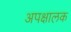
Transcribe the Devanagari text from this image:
अपक्षालक